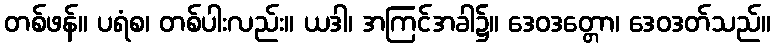
တစ်ဖန်။ ပရံစ၊ တစ်ပါးလည်း။ ယဒါ၊ အကြင်အခါ၌။ ဒေဝဒတ္တော၊ ဒေဝဒတ်သည်။